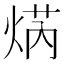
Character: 焫